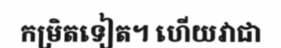
កម្រិតទៀត។ ហើយវាជា